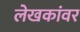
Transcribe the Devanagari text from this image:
लेखकांवर